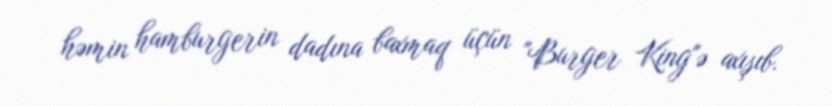
həmin hamburgerin dadına baxmaq üçün "Burger King"ə axışıb.